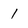
Character: 1